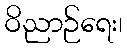
ဝိညာဉ်ရေး၊